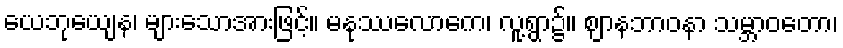
ယေဘုယျေန၊ များသောအားဖြင့်။ မနုဿလောကေ၊ လူ့ရွာ၌။ ဈာနဘာဝနာ သမ္ဘာဝတော၊